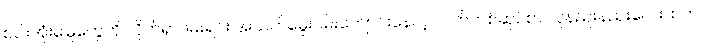
စပါးအုံးမြွေတွေကို လိုက်ရှာဖမ်းရင်း အသက်မွေးဝမ်းကျောင်းနေတဲ့ လက်တစ်ဆုပ်စာ လူနည်းနည်းလေးထဲက